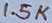
Text: 1.5K